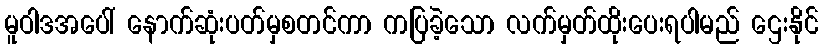
မူဝါဒအပေါ် နောက်ဆုံးပတ်မှစတင်ကာ ကပြခဲ့သော လက်မှတ်ထိုးပေးရပါမည် ဌေးနိုင်